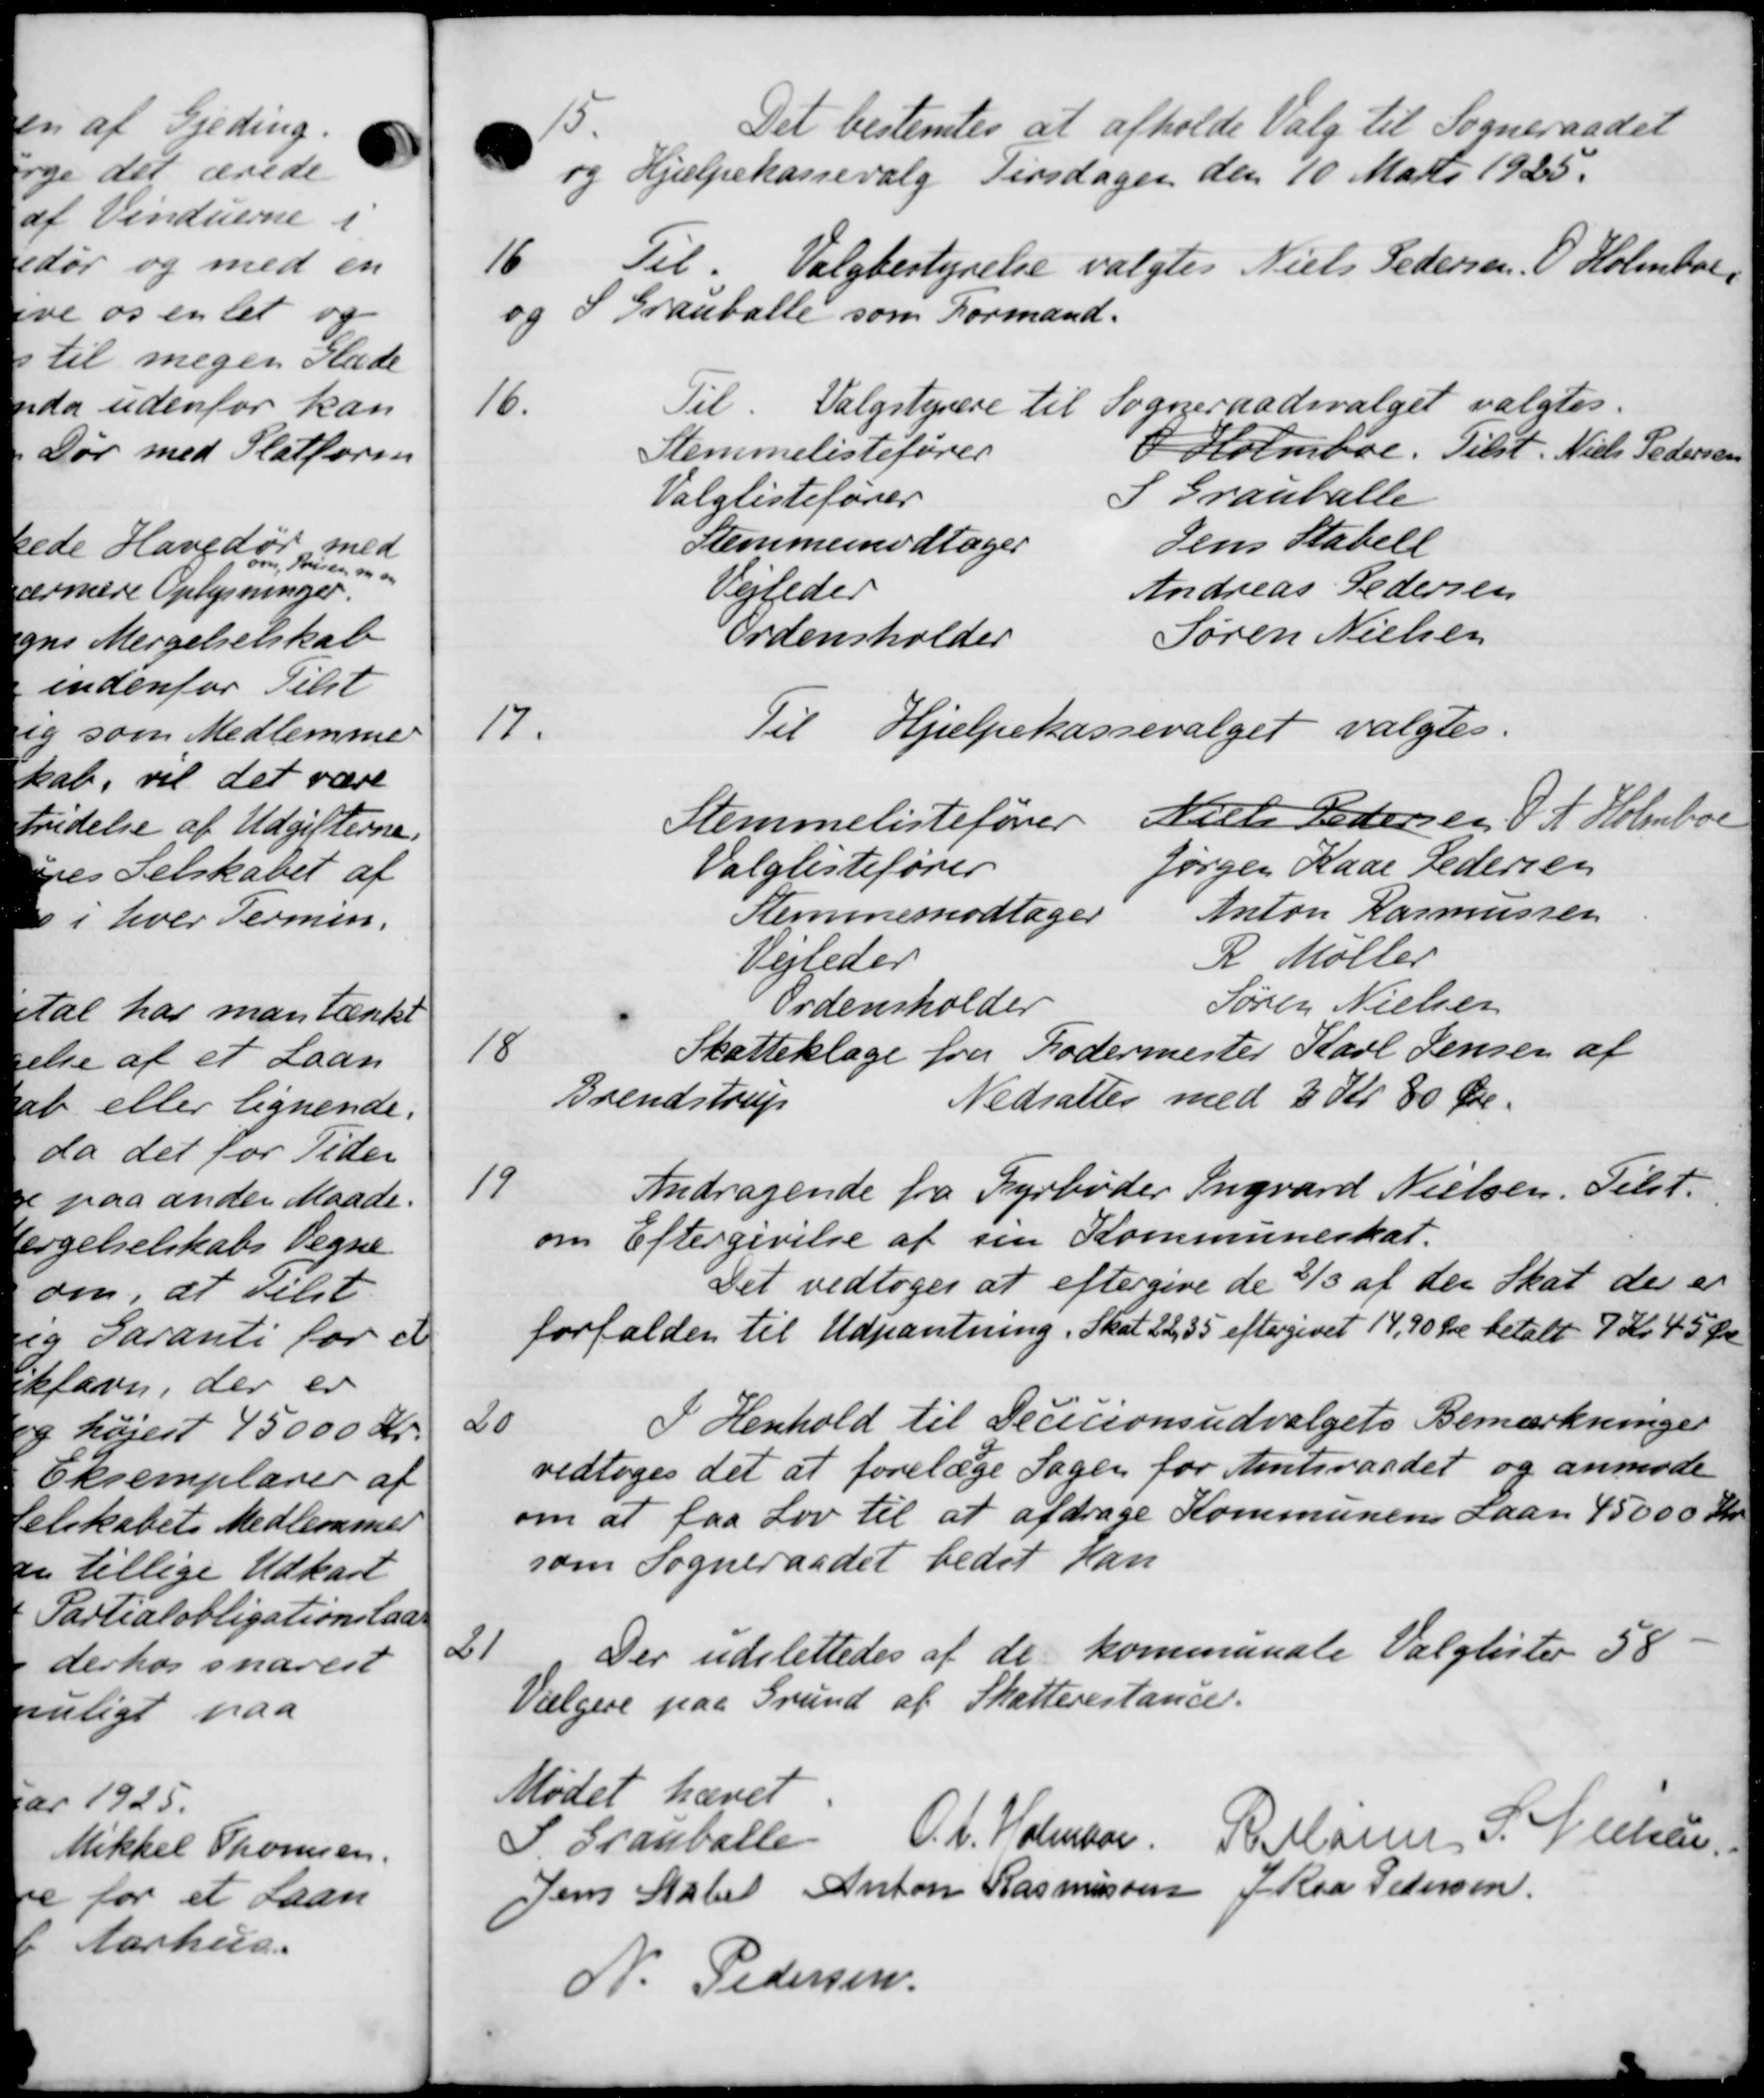
Transskription:
Det bestemtes at afholde Valg til Sogneraadet
 og Hjælpekassevalg Tirsdagen den 10 Marts 1925.
16
Til. Valgbestyrelse valgtes Niels Pedersen, O. Holmboe,
og S. Granballe som Formand.
16.
Til Valgstyrere til Sogneraadsvalget valgtes.
Stemmelistefører I Holmboe. Tilst. Niels Pedersen
Valglistefører I Grauballe
Stemmemodtager Jens Stabell
Vejleder Andreas Pedersen
Ordensholder Søren Nielsen
17.
Til Hjælpekassevalget valgtes.
Stemmelistefører
Niels Pedersen, J. A. Holmboe
Valglistefører
Jørgen Kaar Pedersen
Stemmemodtager
Anton Rasmussen
Vejleder
R Møller
Ordensholder
Søren Nielsen
18
Skatteklage fra Fodermester Karl Jensen af
Brendstrup
Nedsattes med 3 Kr. 80 Øre.
19
Andragende fra Fyrbøder Ingvard Nielsen. Tilst.
om Eftergivelse af sin Kommuneskat.
Det vedtoges at eftergive de 2/3 af den Skat der er
forfalden til Udpantning. Skat 22,35 eftergivet 14,90 Øre betalt 7 Kr. 45 Øre
I Henhold til Decisionsudvalgets Bemærkninger
20
vedtoges det at forelæge Sagen for Amtsraadet og anmode
om at faa Lov til at afdrage Kommunens Laan 45000 Kr.
som Sogneraadet bedet Han
21
Der udslettedes af de kommunale Valglister 58
Vælgere paa Grund af Skatterestance.
Mødet hævet
P. Grauballe
O.A. Wolmaar.
R Marie P. Nielsen
Jens Aabel Anton Rasmussen
J Raa Pedersen
N. Pedersen.